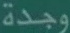
وجدة